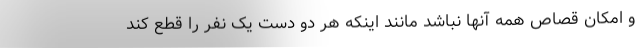
و امکان قصاص همه آنها نباشد مانند اینکه هر دو دست یک نفر را قطع کند